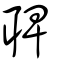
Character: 聛